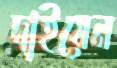
দাইয়েন